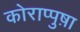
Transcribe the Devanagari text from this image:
कोराप्पुष़ा